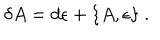
LaTeX: \delta { A } = d { \epsilon } + \{ { A } , { \epsilon } \} ~ .